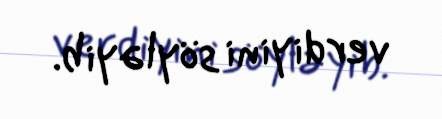
verdiyini söyləyib.